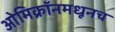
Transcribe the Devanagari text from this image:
ओमिक्रॉनमधूनच